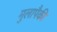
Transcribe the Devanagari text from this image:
मुलापैकी